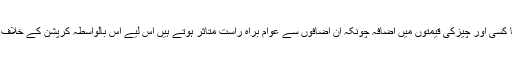
پٹرولیم مصنوعات کی قیمتوں میں اضافہ ہو یا کسی اور چیزکی قیمتوں میں اضافہ چونکہ ان اضافوں سے عوام براہ راست متاثر ہوتے ہیں اس لیے اس بالواسطہ کرپشن کے خلاف بھی اینٹی کرپشن اداروں کو فعال ہونا چاہیے۔